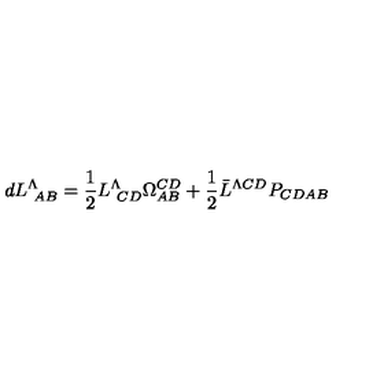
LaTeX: d L _ { \ A B } ^ { \Lambda } = { \frac { 1 } { 2 } } L _ { \ C D } ^ { \Lambda } \Omega _ { A B } ^ { C D } + { \frac { 1 } { 2 } } \bar { L } ^ { \Lambda C D } P _ { C D A B }